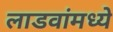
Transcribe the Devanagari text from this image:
लाडवांमध्ये